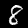
Label: 8